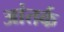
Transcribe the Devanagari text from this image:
आंतर्क